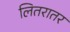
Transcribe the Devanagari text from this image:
लितरातर